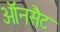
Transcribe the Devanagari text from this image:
ऑनसैट